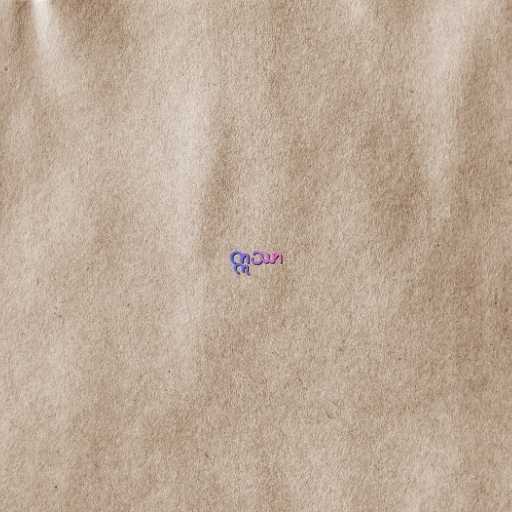
ဣဿာ